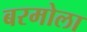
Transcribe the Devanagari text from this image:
बरमोला